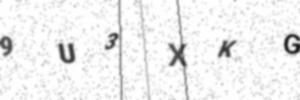
Text: 9U3XKG